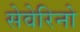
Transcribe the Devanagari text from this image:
सेवेरिनो